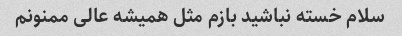
سلام خسته نباشید بازم مثل همیشه عالی ممنونم